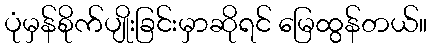
ပုံမှန်စိုက်ပျိုးခြင်းမှာဆိုရင် မြေထွန်တယ်။